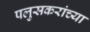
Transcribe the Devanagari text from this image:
पलुसकरांच्या